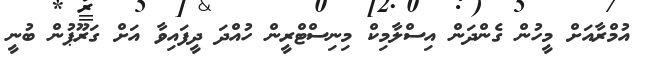
އުމްރާއަށް މީހުން ގެންދަން އިސްލާމިކް މިނިސްޓްރީން ހުއްދަ ދީފައިވާ އަށް ގަރޫޕުން ބުނީ